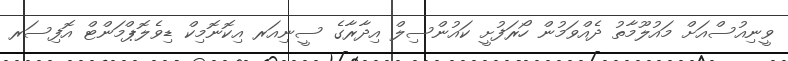
ވީނިއުސްއަށް މައުލޫމާތު ދެއްވަމުން ހޯރަފުށީ ކައުންސިލް އިދާރާގެ ސީނިއަރ އިކޮނޮމިކް ޑިވެލޮޕްމަންޓް އޮފިސަރ